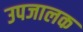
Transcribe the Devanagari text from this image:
उपजालक